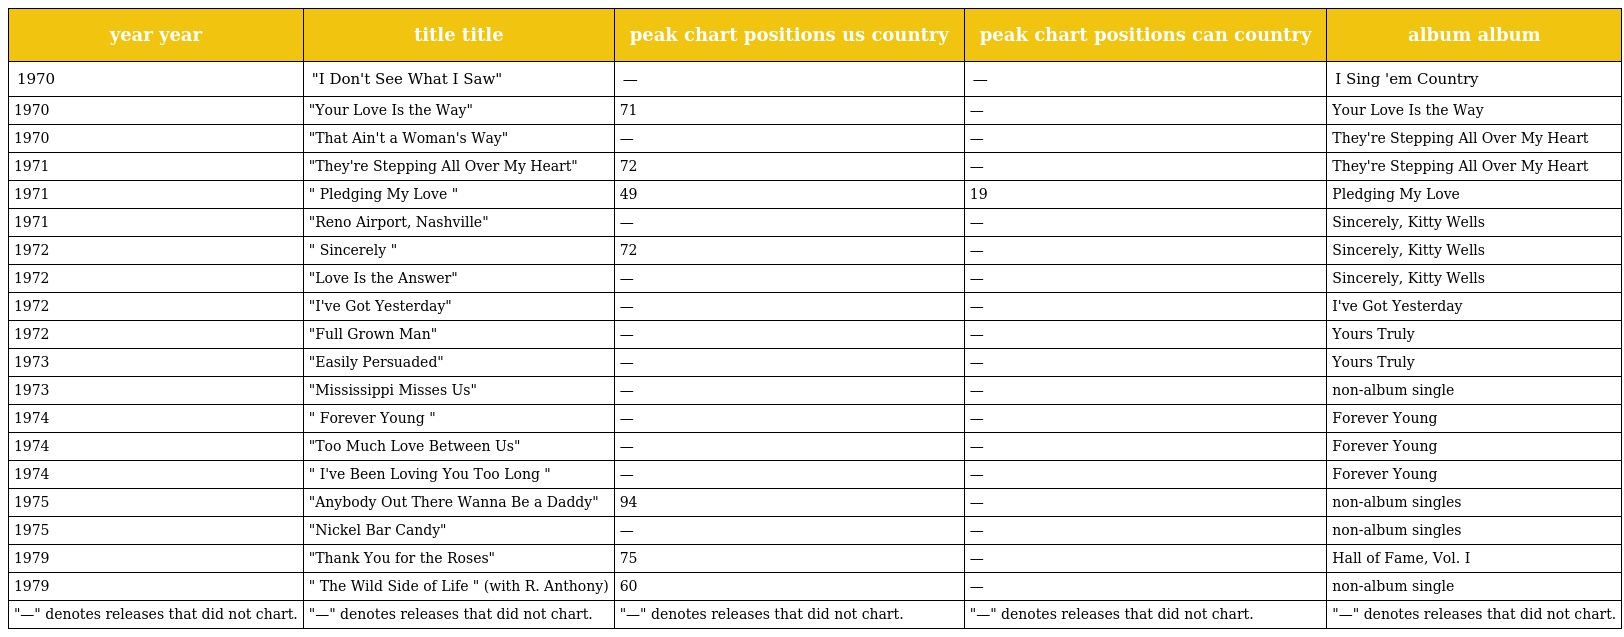
| year year | title title | peak chart positions us country | peak chart positions can country | album album |
 | --- | --- | --- | --- | --- |
 | 1970 | "I Don't See What I Saw" | — | — | I Sing 'em Country |
 | 1970 | "Your Love Is the Way" | 71 | — | Your Love Is the Way |
 | 1970 | "That Ain't a Woman's Way" | — | — | They're Stepping All Over My Heart |
 | 1971 | "They're Stepping All Over My Heart" | 72 | — | They're Stepping All Over My Heart |
 | 1971 | " Pledging My Love " | 49 | 19 | Pledging My Love |
 | 1971 | "Reno Airport, Nashville" | — | — | Sincerely, Kitty Wells |
 | 1972 | " Sincerely " | 72 | — | Sincerely, Kitty Wells |
 | 1972 | "Love Is the Answer" | — | — | Sincerely, Kitty Wells |
 | 1972 | "I've Got Yesterday" | — | — | I've Got Yesterday |
 | 1972 | "Full Grown Man" | — | — | Yours Truly |
 | 1973 | "Easily Persuaded" | — | — | Yours Truly |
 | 1973 | "Mississippi Misses Us" | — | — | non-album single |
 | 1974 | " Forever Young " | — | — | Forever Young |
 | 1974 | "Too Much Love Between Us" | — | — | Forever Young |
 | 1974 | " I've Been Loving You Too Long " | — | — | Forever Young |
 | 1975 | "Anybody Out There Wanna Be a Daddy" | 94 | — | non-album singles |
 | 1975 | "Nickel Bar Candy" | — | — | non-album singles |
 | 1979 | "Thank You for the Roses" | 75 | — | Hall of Fame, Vol. I |
 | 1979 | " The Wild Side of Life " (with R. Anthony) | 60 | — | non-album single |
 | "—" denotes releases that did not chart. | "—" denotes releases that did not chart. | "—" denotes releases that did not chart. | "—" denotes releases that did not chart. | "—" denotes releases that did not chart. |